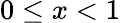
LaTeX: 0\le x<1